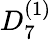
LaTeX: {D}_{7}^{(1)}